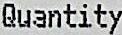
QUANTITY